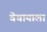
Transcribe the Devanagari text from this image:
वेचायाला